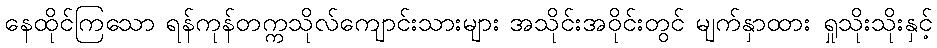
နေထိုင်ကြသော ရန်ကုန်တက္ကသိုလ်ကျောင်းသားများ အသိုင်းအဝိုင်းတွင် မျက်နှာထား ရှုသိုးသိုးနှင့်